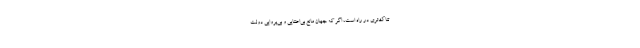
تناک‌تری در راه است، اگر که جهان مانع بی‌اعتنایی و بی‌پروایی دولت